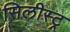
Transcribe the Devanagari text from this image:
सिलीस्ट्र